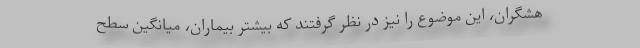
هشگران، این موضوع را نیز در نظر گرفتند که بیشتر بیماران، میانگین سطح